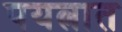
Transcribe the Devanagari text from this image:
पयत्नात